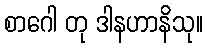
စာဂေါ တု ဒါနဟာနိသု။